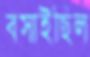
বসাইছিল